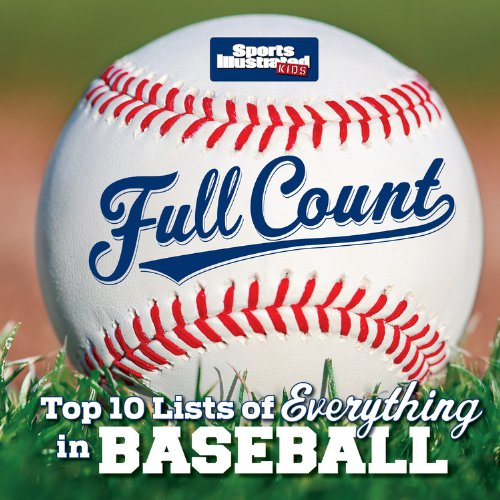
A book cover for Sports Illustrated Kids Full Count: Top 10 Lists of Everything in Baseball; The Editors of Sports Illustrated Kids; Children's Books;